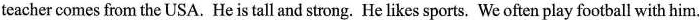
teacher comes from the USA. He is tall and strong. He likes sports. We often play football with him.